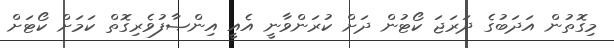
މިގޮތުން އަދަބުގެ ދަރަޖަ ކޯޓުން ދަށް ކުރަންވާނީ އެއީ އިންޞާފުވެރިގޮތް ކަމަށް ކޯޓަށް